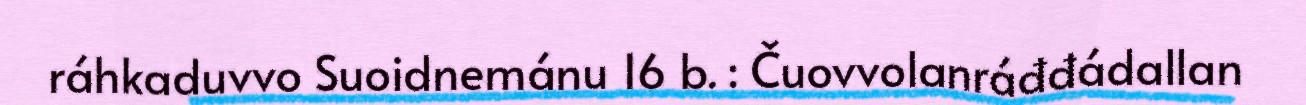
ráhkaduvvo Suoidnemánu 16 b. : Čuovvolanráđđádallan